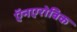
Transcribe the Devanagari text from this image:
ऍनएरोबिक